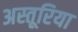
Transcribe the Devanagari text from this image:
अस्तूरिया